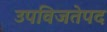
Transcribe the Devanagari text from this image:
उपविजतेपद